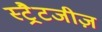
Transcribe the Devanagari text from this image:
स्ट्रैटजीज़